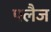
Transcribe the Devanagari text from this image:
फ्लैज